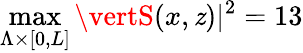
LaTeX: \operatorname*{max}_{\Lambda\times\lbrack0,L\rbrack}\vertS(x,\mathit{z})\vert^{2}=13